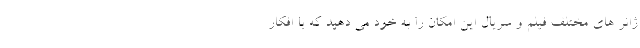
ژانر های مختلف فیلم و سریال این امکان را به خود می دهید که با افکار